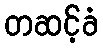
တဆင့်ခံ